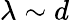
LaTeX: \lambda\sim d